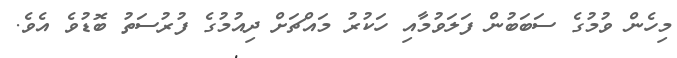
މިހެން ވުމުގެ ސަބަބުން ފަލަވުމާއި ހަކުރު މައްޗަށް ދިއުމުގެ ފުރުސަތު ބޮޑުވެ އެވެ.